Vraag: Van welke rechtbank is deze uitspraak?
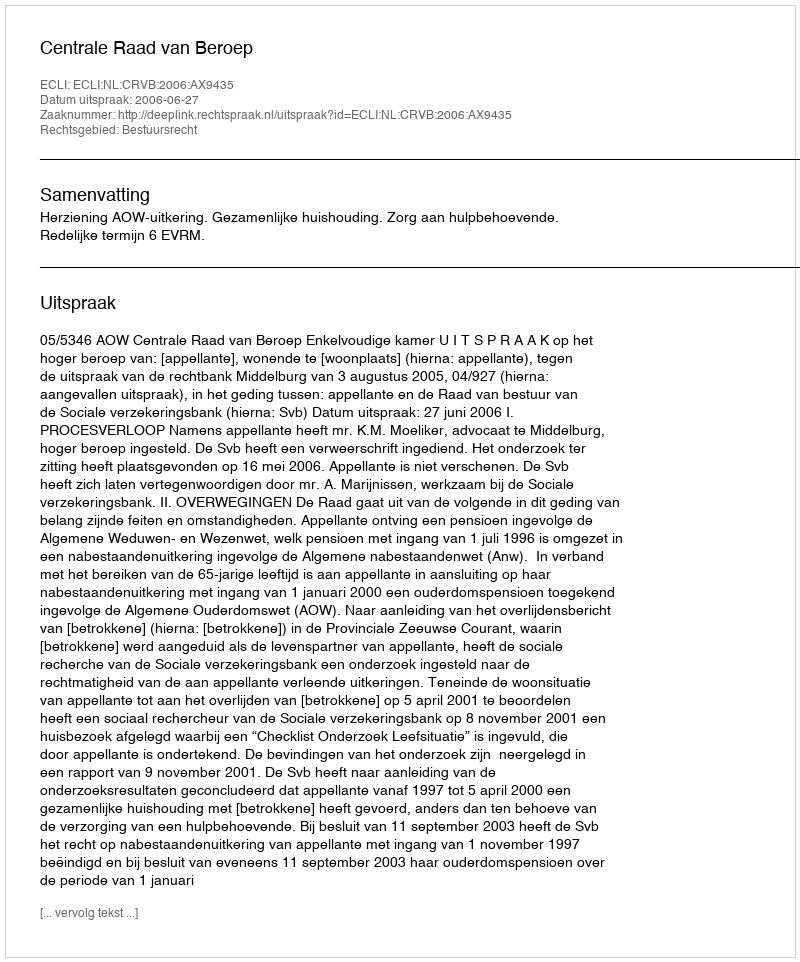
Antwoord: Centrale Raad van Beroep